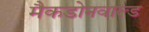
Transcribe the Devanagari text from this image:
मैकडोनवाल्ड